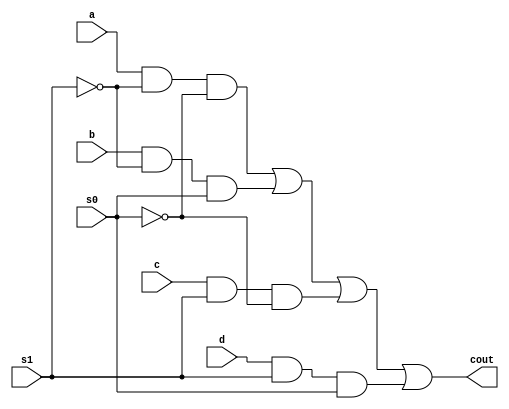
`timescale 1ns / 1ps
//////////////////////////////////////////////////////////////////////////////////
// Company: 
// Engineer: 
// 
// Design Name: 
// Module Name:    mux 
// Project Name: 
// Target Devices: 
// Tool versions: 
// Description: 
//
// Dependencies: 
//
// Revision: 
// Revision 0.01 - File Created
// Additional Comments: 
//
//////////////////////////////////////////////////////////////////////////////////
module mux(cout,a,b,c,d,s1,s0 );


  input  a,b,c,d,s1,s0;
  output cout;
  
  wire  s0n,s1n; //s0 not, s1 not
  wire  w1,w2,w3,w4;

  not n1(s0n,s0);
  not n2(s1n,s1);

  and and1(w1,a,s1n,s0n);
  and and2(w2,b,s1n,s0);
  and and3(w3,c,s1,s0n);
  and and4(w4,d,s1,s0);

  or or1(cout,w1,w2,w3,w4);



endmodule